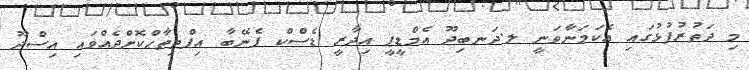
މި ދަތުރުފުޅުގައި އެކަމަނާވަނީ ލ.ދަނބިދޫ އެމްޑީޕީ އިދާރީ ޑެސްކް ފެނޭބާ އިފްތިތާޙްކޮށްދެއްވައި އިސްދޫ